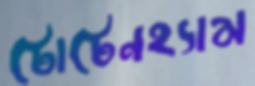
টোটেনহ্যাম